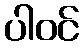
ပါဝင်